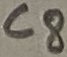
Text: C8